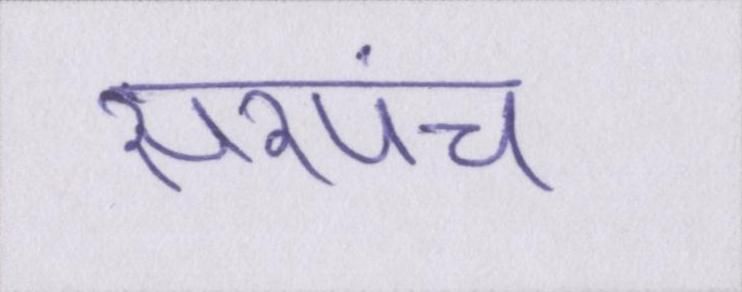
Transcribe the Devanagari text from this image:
सरपंच